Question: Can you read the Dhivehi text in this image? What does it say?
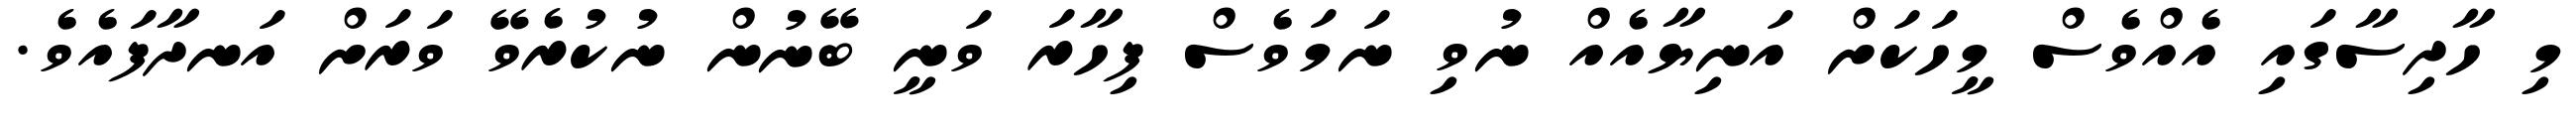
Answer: މި ހާދިސާގައި އެއްވެސް މީހަކަށް އަނިޔާއެއް ނުވި ނަމަވެސް ފިހާރަ ވަނީ ބޭނުން ނުކުރެވޭ ވަރަށް އަނދާފައެވެ.